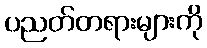
ပညတ်တရားများကို